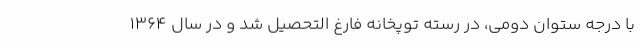
با درجه ستوان دومی، در رسته توپخانه فارغ التحصیل شد و در سال ۱۳۶۴